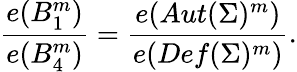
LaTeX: {\frac{e(B_{1}^{m})}{e(B_{4}^{m})}}={\frac{e(Aut(\Sigma)^{m})}{e(Def(\Sigma)^{m})}}.